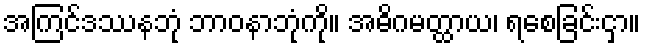
အကြင်ဒဿနဘုံ ဘာဝနာဘုံကို။ အဓိဂမတ္ထာယ၊ ရစေခြင်းငှာ။